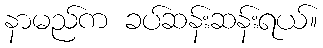
နာမည်က ခပ်ဆန်းဆန်းရယ်။